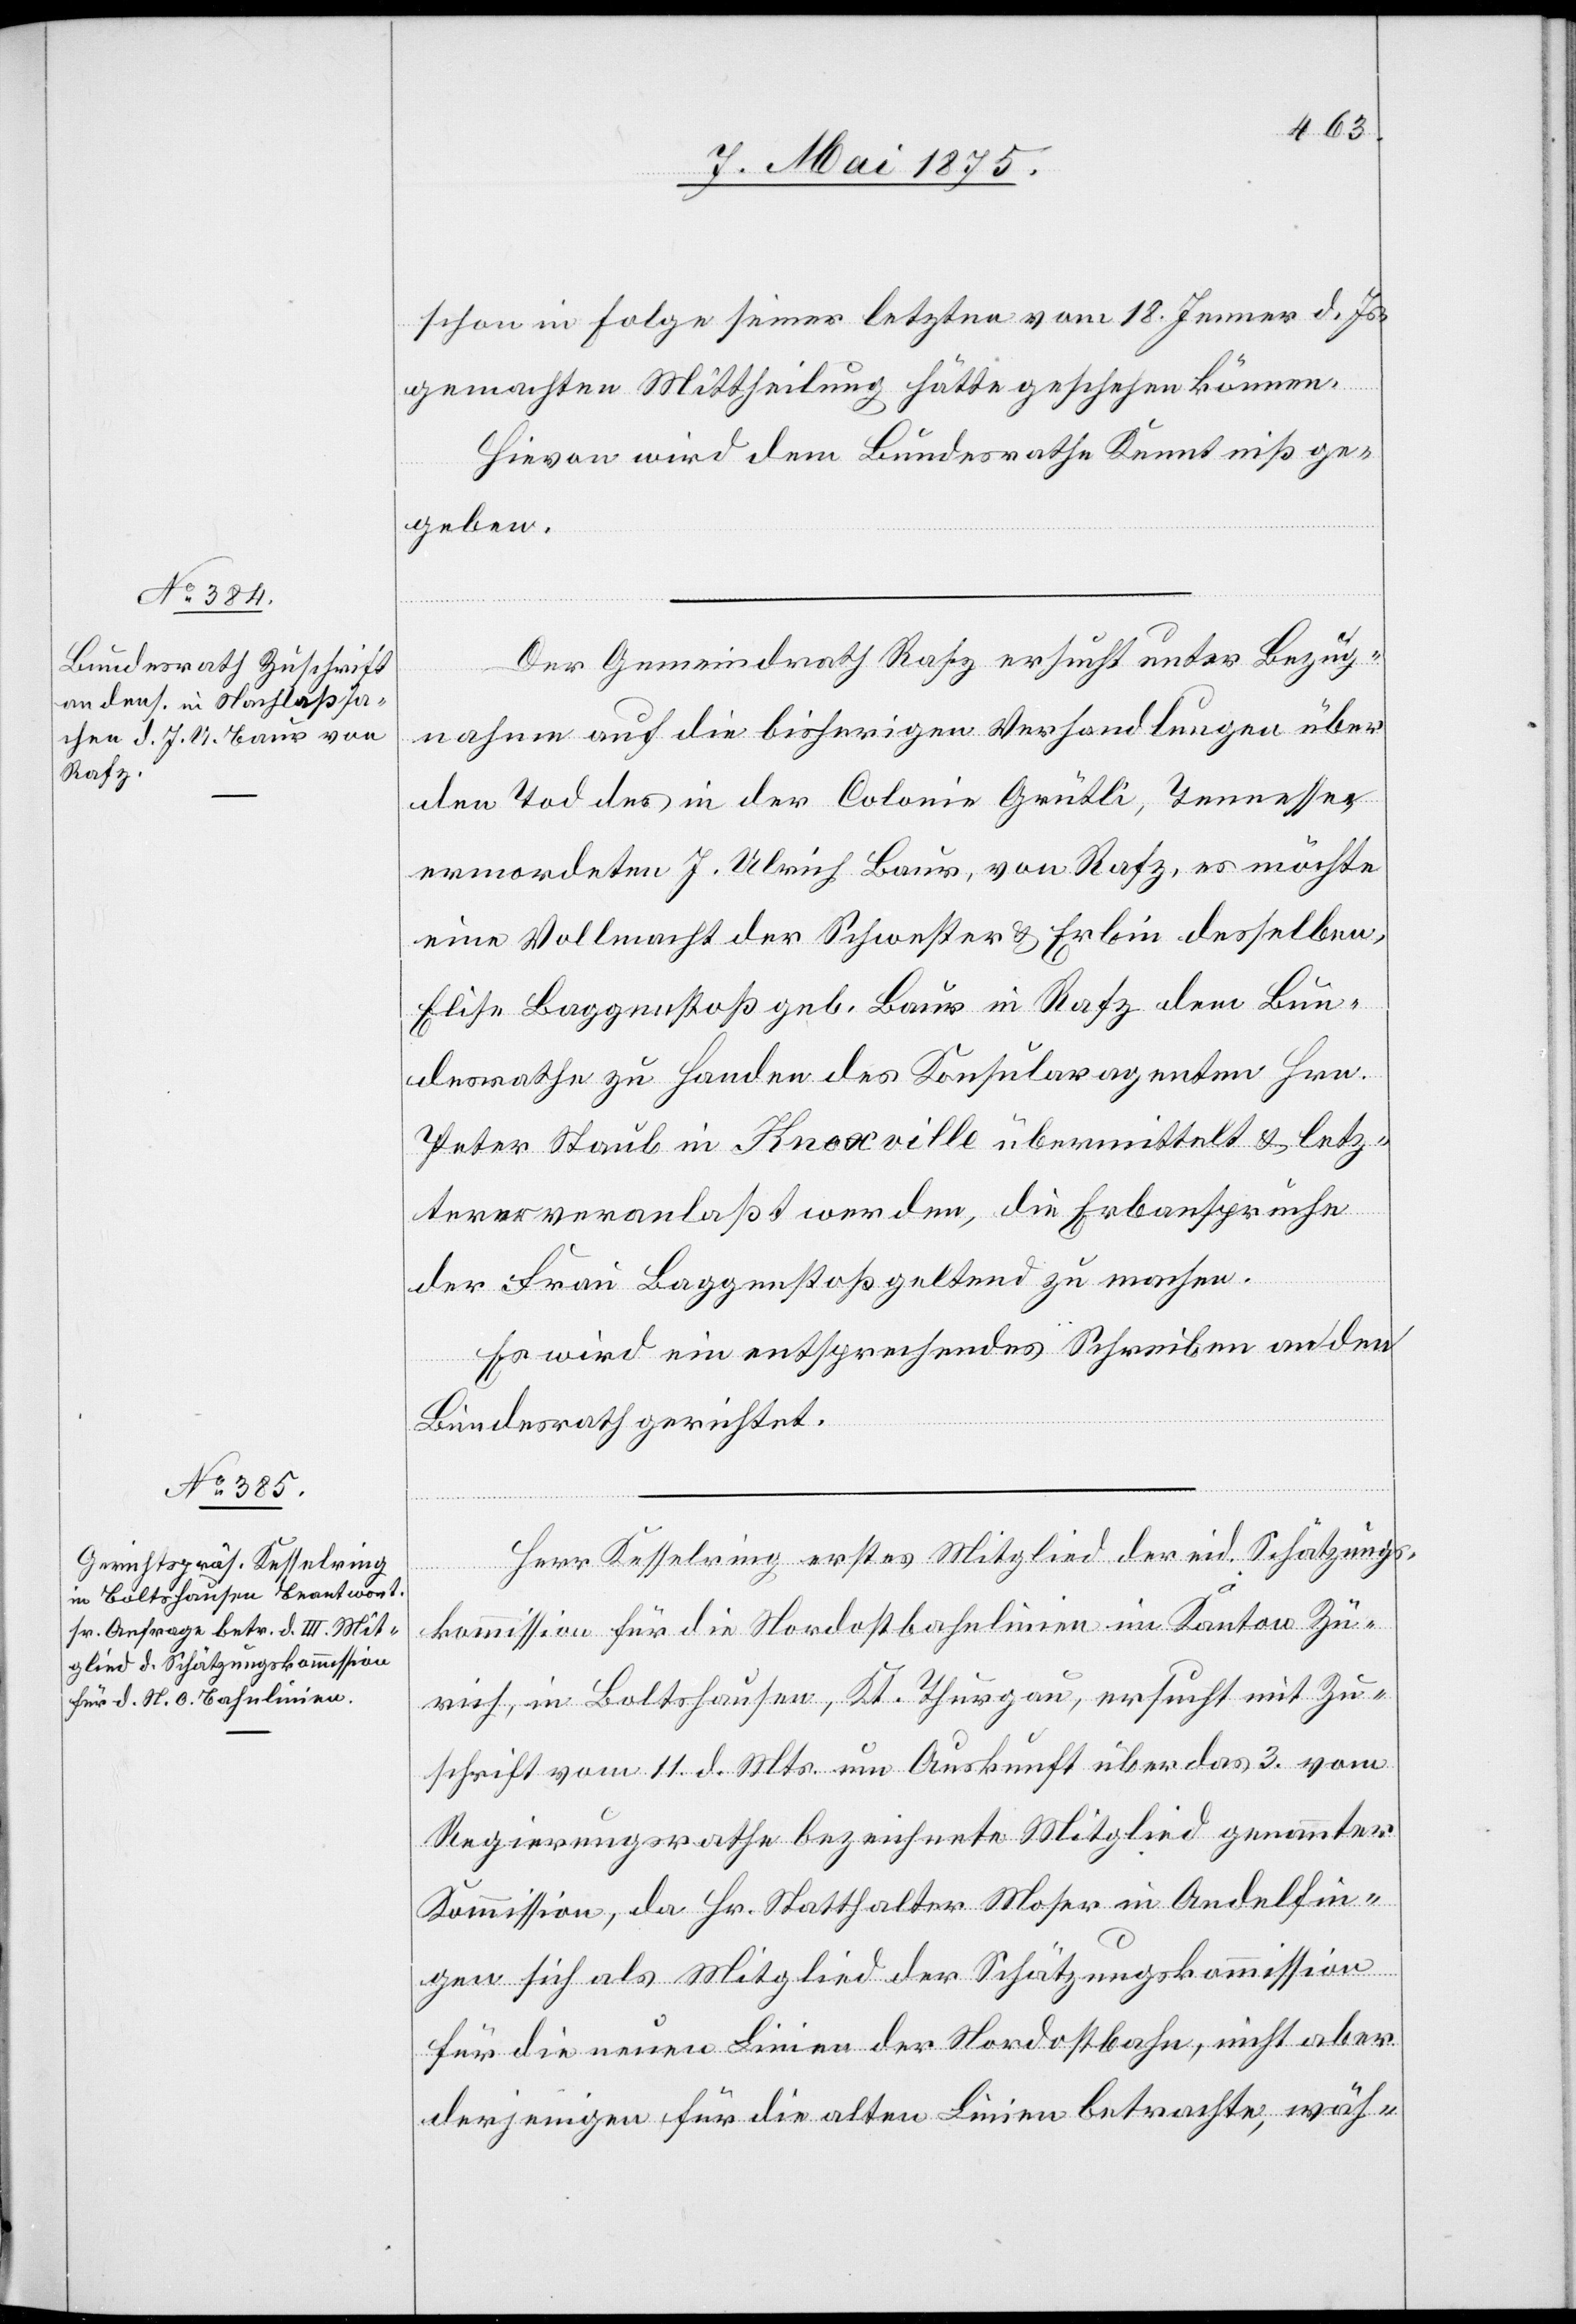
12. Mai 1875.]
schon in Folge seiner letzten vom 18. Jenner d. Js.
gemachten Mittheilung hätte geschehen können.
Hievon wird dem Bundesrathe Kenntniß ge¬
geben.
Der Gemeindrath Rafz ersucht unter Bezug¬
nahme auf die bisherigen Verhandlungen über
den Tod des in der Colonie Grütli, Tennessee
ermordeten J.Ulrich Baur, von Rafz, es möchte
eine Vollmacht der Schwester & Erbin desselben,
Elisa Baggenstoß geb. Baur in Rafz dem Bun¬
desrathe zu Handen des Konsularagenten Hrn.
Peter Staub in Knoxville übermittelt & letz¬
terer veranlaßt werden, die Erbansprüche
der Frau Baggenstoß gelten zu machen.
Es wird ein entsprechendes Schreiben an den
Bundesrath gerichtet.
Herr Kesselring erstes Mitglied der eid. Schätzungs¬
kommission für die Nordostbahnlinien im Kanton Zü¬
rich, in Boltshausen, Kt. Thurgau, ersucht mit Zu¬
schrift vom 11. d. Mts. um Auskunft über das 3. vom
Regierungsrathe bezeichnete Mitglied genannter
Kommission, da Hr. Statthalter Moser in Andelfin¬
gen sich als Mitglied der Schätzungskommission
für die neuen Linien der Nordostbahn, nicht aber
derjenigen für die alten Linien betrachte, wäh-